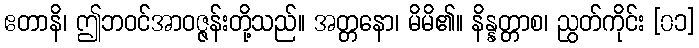
ဧတာနိ၊ ဤဘဝင်အာဝဇ္ဇန်းတို့သည်။ အတ္တနော၊ မိမိ၏။ နိန္နတ္တာစ၊ ညွတ်ကိုင်း [၀၁]